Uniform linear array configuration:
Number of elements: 48
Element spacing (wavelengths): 0.5
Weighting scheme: hann
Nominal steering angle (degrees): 0
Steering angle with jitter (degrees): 0.5585
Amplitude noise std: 0.05
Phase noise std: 0.05

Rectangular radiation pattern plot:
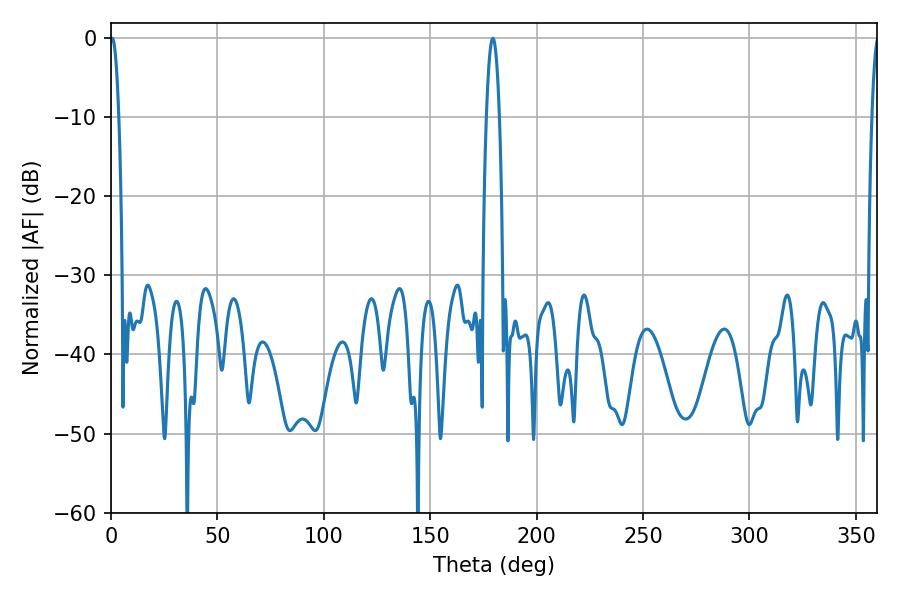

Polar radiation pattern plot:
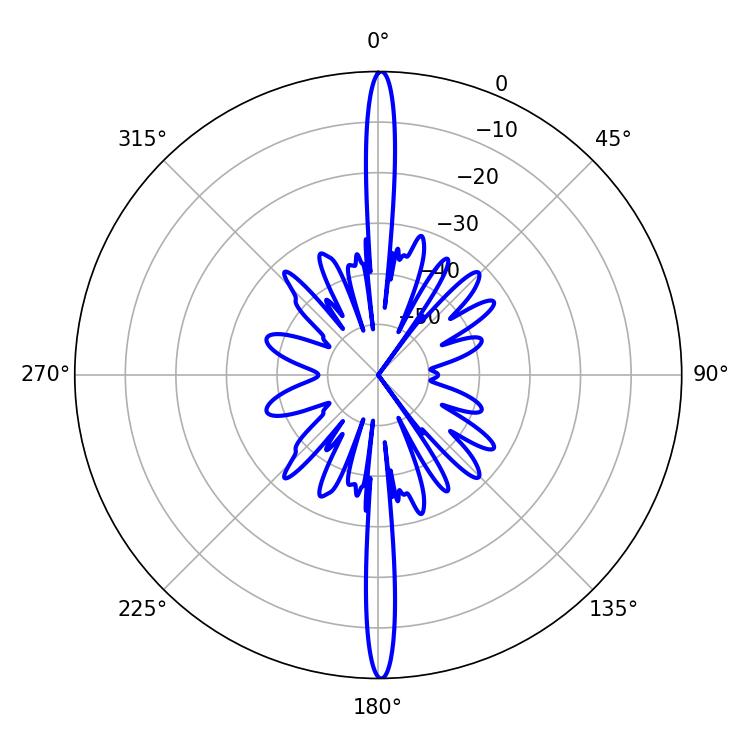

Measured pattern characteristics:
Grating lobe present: FALSE
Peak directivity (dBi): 31.512
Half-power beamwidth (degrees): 2.16
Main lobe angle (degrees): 0.54